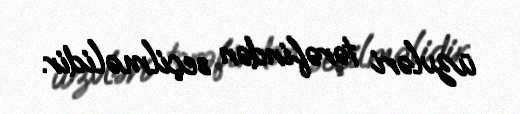
üzvləri tərəfindən seçilməlidir.